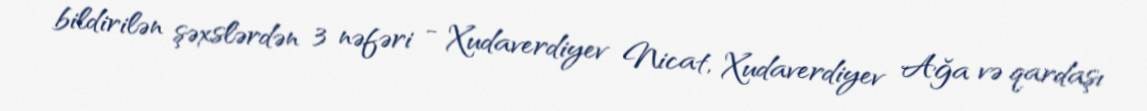
bildirilən şəxslərdən 3 nəfəri - Xudaverdiyev Nicat, Xudaverdiyev Ağa və qardaşı